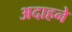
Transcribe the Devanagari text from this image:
अदाहने